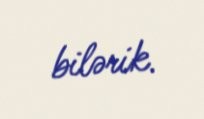
bilərik.